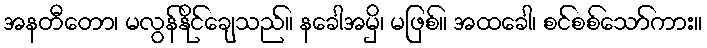
အနတီတော၊ မလွန်နိုင်ချေသည်။ နခေါအမှိ၊ မဖြစ်။ အထခေါ၊ စင်စစ်သော်ကား။